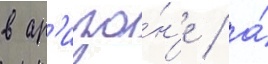
в ар'изо́н'е / а́